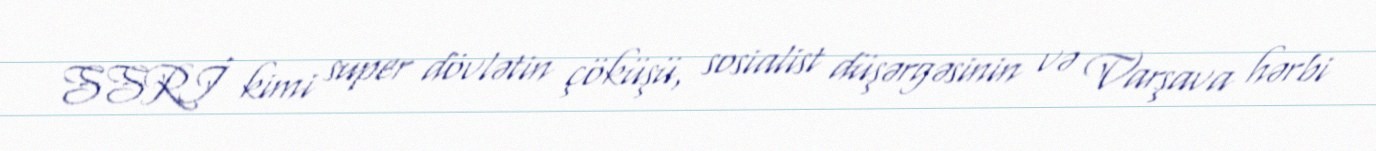
SSRİ kimi super dövlətin çöküşü, sosialist düşərgəsinin və Varşava hərbi